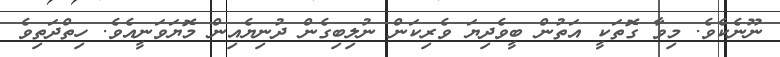
ނޫނެކެވެ. މިވާ ގޮތަކީ އަތުން ބީވެދިޔަ ވެރިކަން ނުލިބިގެން ދުނިޔެއިން މޮޔަވަނީއެވެ. ހިތްދަތިވެ